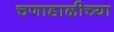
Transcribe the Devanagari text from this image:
चणाडाळीच्या